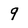
Character: q